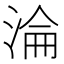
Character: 淪